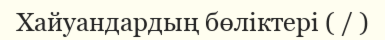
Хайуандардың бөліктері ( / )